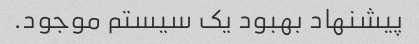
پیشنهاد بهبود یک سیستم موجود.